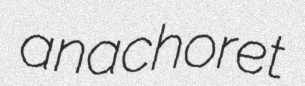
anachoret